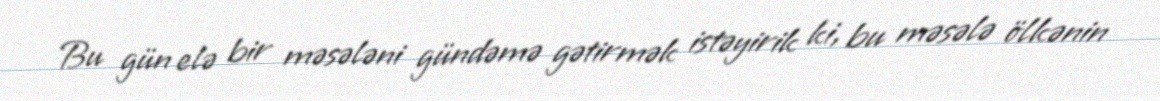
Bu gün elə bir məsələni gündəmə gətirmək istəyirik ki, bu məsələ ölkənin